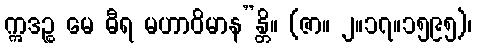
ဣဒဉ္စ မေ ဓီရ မဟာဝိမာန”န္တိ။ (ဇာ။ ၂။၁၇။၁၅၉၅)၊